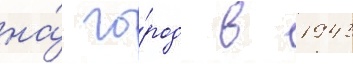
на́ го́род в 1943